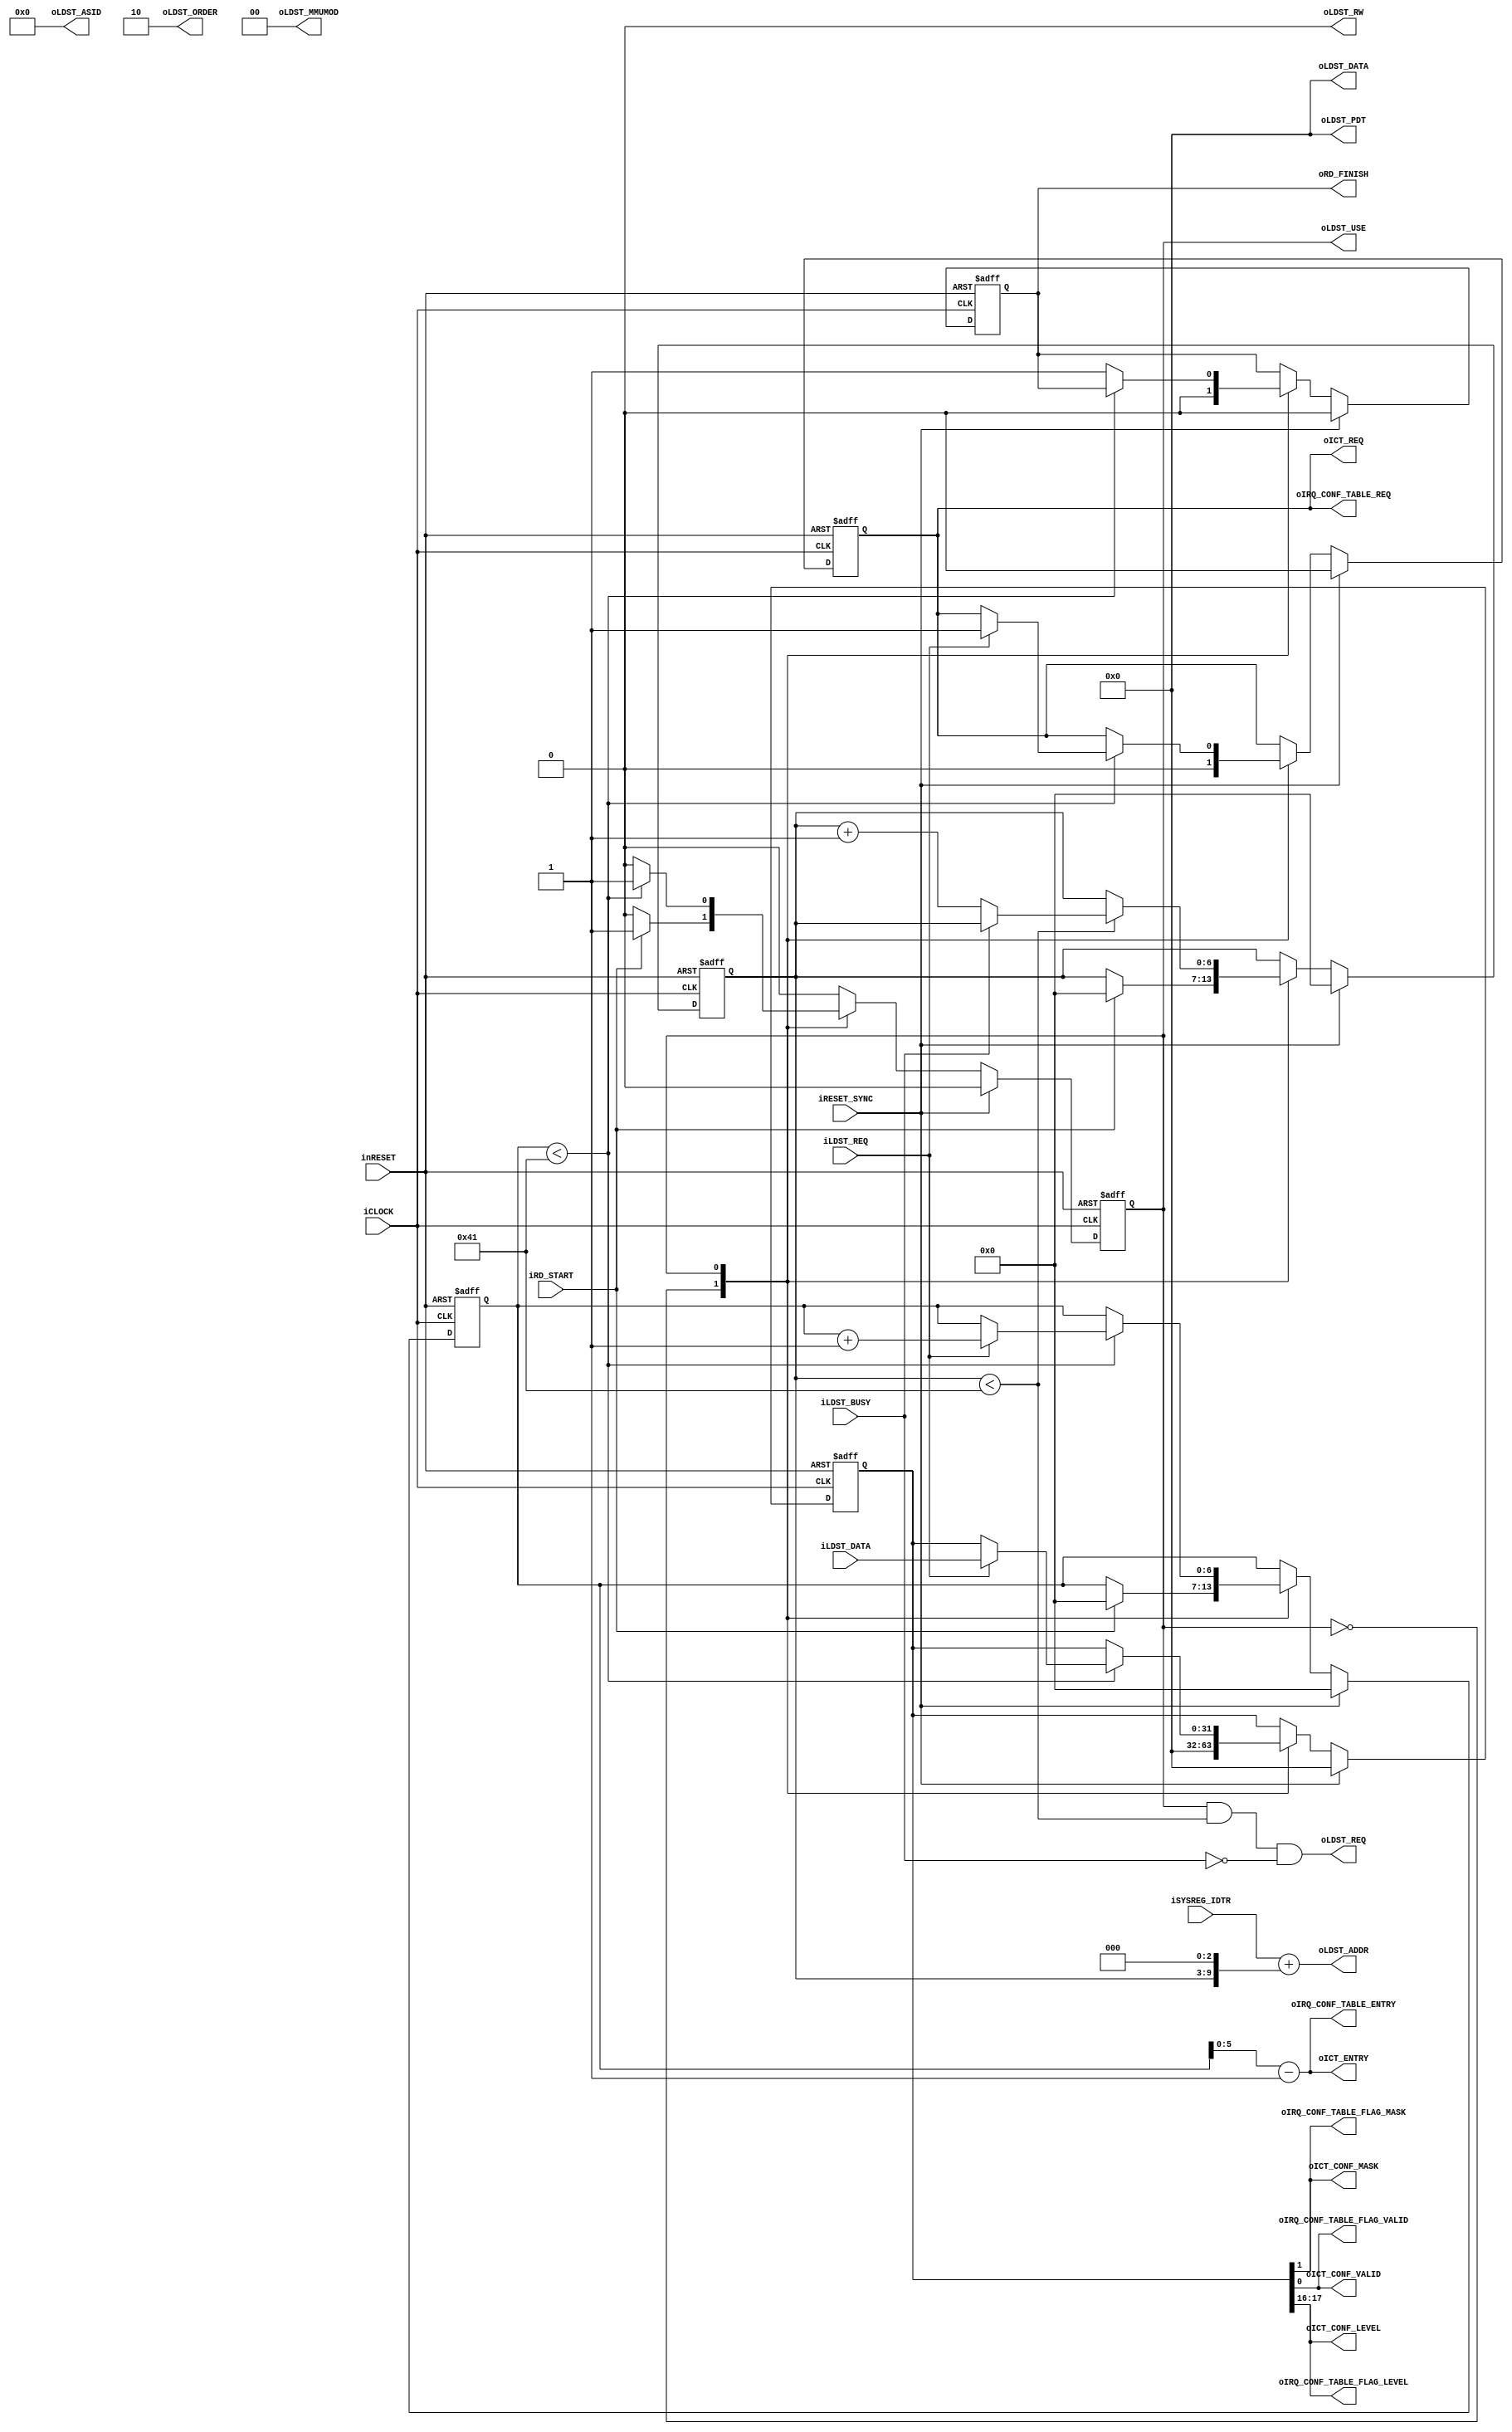
module pipeline_control_idt_read(
		input wire iCLOCK,
		input wire inRESET,
		input wire iRESET_SYNC,
		//System Register
		input wire [31:0] iSYSREG_IDTR,
		//Request
		input wire iRD_START,
		output wire oRD_FINISH,
		//Load Store
		output wire oLDST_USE,
		output wire oLDST_REQ,
		input wire iLDST_BUSY,
		output wire [1:0] oLDST_ORDER,	//00=Byte Order 01=2Byte Order 10= Word Order 11= None
		output wire oLDST_RW,		//0=Read 1=Write
		output wire [13:0] oLDST_ASID,
		output wire [1:0] oLDST_MMUMOD,
		output wire [31:0] oLDST_PDT,
		output wire [31:0] oLDST_ADDR,
		output wire [31:0] oLDST_DATA,
		input wire iLDST_REQ,
		input wire [31:0] iLDST_DATA,
		//IRQ_CONFIG_TABLE
		output wire oIRQ_CONF_TABLE_REQ,
		output wire [5:0] oIRQ_CONF_TABLE_ENTRY,
		output wire oIRQ_CONF_TABLE_FLAG_MASK,
		output wire oIRQ_CONF_TABLE_FLAG_VALID,
		output wire [1:0] oIRQ_CONF_TABLE_FLAG_LEVEL,
		//Interrupt Configlation Table
		output wire oICT_REQ,
		output wire [5:0] oICT_ENTRY,
		output wire oICT_CONF_MASK,
		output wire oICT_CONF_VALID,
		output wire [1:0] oICT_CONF_LEVEL
	);


	localparam L_PARAM_IDTREAD_STT_IDLE = 1'b0;
	localparam L_PARAM_IDTREAD_STT_LOAD = 1'b1;


	reg b_idt_read_state;
	reg [6:0] b_idt_read_counter;
	reg [6:0] b_idt_get_counter;
	reg b_idt_readend;
	reg b_idt_idt_data_valid;
	reg [31:0] b_idt_idt_data;


	always@(posedge iCLOCK or negedge inRESET)begin
		if(!inRESET)begin
			b_idt_read_state <= L_PARAM_IDTREAD_STT_IDLE;
			b_idt_read_counter <= 7'h0;
			b_idt_get_counter <= 7'h0;
			b_idt_readend <= 1'b0;
			b_idt_idt_data_valid <= 1'b0;
			b_idt_idt_data <= {32{1'b0}};
		end
		else if(iRESET_SYNC)begin
			b_idt_read_state <= L_PARAM_IDTREAD_STT_IDLE;
			b_idt_read_counter <= 7'h0;
			b_idt_get_counter <= 7'h0;
			b_idt_readend <= 1'b0;
			b_idt_idt_data_valid <= 1'b0;
			b_idt_idt_data <= {32{1'b0}};
		end
		else begin
			case(b_idt_read_state)
				L_PARAM_IDTREAD_STT_IDLE:
					begin
						if(iRD_START)begin
							b_idt_read_state <= L_PARAM_IDTREAD_STT_LOAD;
							b_idt_read_counter <= 7'h0;
							b_idt_get_counter <= 7'h0;
						end
						b_idt_readend <= 1'b0;
						b_idt_idt_data_valid <= 1'b0;
						b_idt_idt_data <= {32{1'b0}};
					end
				L_PARAM_IDTREAD_STT_LOAD:
					begin
						if(b_idt_read_counter < 7'd64 + 7'h1)begin
							//Request Check
							if(!iLDST_BUSY)begin
								b_idt_read_counter <= b_idt_read_counter + 7'h1;
							end
						end
						//Get Check
						if(b_idt_get_counter < 7'd64 + 7'h1)begin
							if(iLDST_REQ)begin
								b_idt_get_counter <= b_idt_get_counter + 7'h1;
								b_idt_idt_data_valid <= iLDST_REQ;
								b_idt_idt_data <= iLDST_DATA;
							end
						end
						else begin
							b_idt_readend <= 1'b1;
							b_idt_read_state <= L_PARAM_IDTREAD_STT_IDLE;
						end
					end
			endcase
		end
	end


	wire idt_read_condition = (b_idt_read_state == L_PARAM_IDTREAD_STT_LOAD) && (b_idt_read_counter < (7'd64 + 7'h1)) && !iLDST_BUSY;


	assign oRD_FINISH = b_idt_readend;

	assign oIRQ_CONF_TABLE_REQ = b_idt_idt_data_valid;
	assign oIRQ_CONF_TABLE_ENTRY = b_idt_get_counter[5:0] - 6'h1;
	assign oIRQ_CONF_TABLE_FLAG_MASK = b_idt_idt_data[1];
	assign oIRQ_CONF_TABLE_FLAG_VALID	= b_idt_idt_data[0];
	assign oIRQ_CONF_TABLE_FLAG_LEVEL	= b_idt_idt_data[17:16];


	assign oICT_REQ = b_idt_idt_data_valid;
	assign oICT_ENTRY = b_idt_get_counter[5:0] - 6'h1;
	assign oICT_CONF_MASK = b_idt_idt_data[1];
	assign oICT_CONF_VALID = b_idt_idt_data[0];
	assign oICT_CONF_LEVEL = b_idt_idt_data[17:16];



	assign oLDST_USE = b_idt_read_state == L_PARAM_IDTREAD_STT_LOAD;
	assign oLDST_REQ = idt_read_condition;
	assign oLDST_ORDER = 2'h2;	//00=Byte Order 01=2Byte Order 10= Word Order 11= None
	assign oLDST_RW = 1'b0;		//0=Read 1=Write
	assign oLDST_ASID = 14'h0;
	assign oLDST_MMUMOD = 2'h0;
	assign oLDST_PDT = 32'h0;
	assign oLDST_ADDR = iSYSREG_IDTR + {b_idt_read_counter, 3'h0};
	assign oLDST_DATA = 32'h0;

endmodule